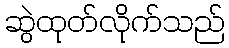
ဆွဲထုတ်လိုက်သည်